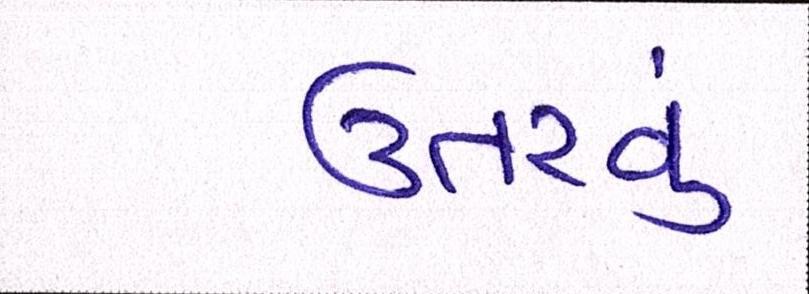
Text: ઉતરવું